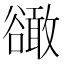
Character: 豃